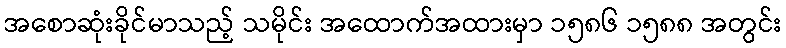
အစောဆုံးခိုင်မာသည့် သမိုင်း အထောက်အထားမှာ ၁၅၈၆ ၁၅၈၈ အတွင်း